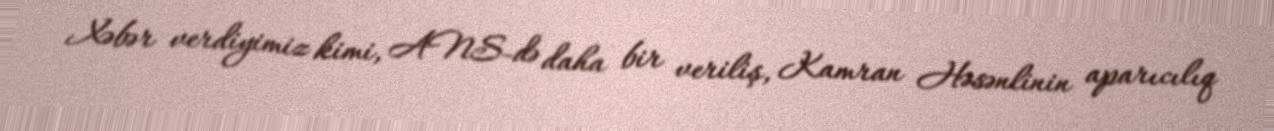
Xəbər verdiyimiz kimi, ANS-də daha bir veriliş, Kamran Həsənlinin aparıcılıq